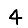
Digit: 4